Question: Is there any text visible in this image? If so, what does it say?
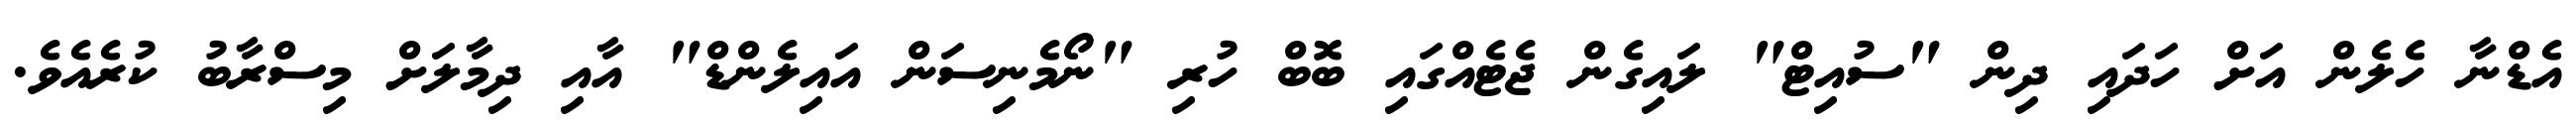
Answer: އެޑްނާ ހެލެން އަށް ހަދައި ދިން "ސުއިޓް" ލައިގެން ޖެޓެއްގައި ބޮބް ހުރި "ނޯމެނިސަން އައިލެންޑް" އާއި ދިމާލަށް މިސްރާބު ކުރެއެވެ.